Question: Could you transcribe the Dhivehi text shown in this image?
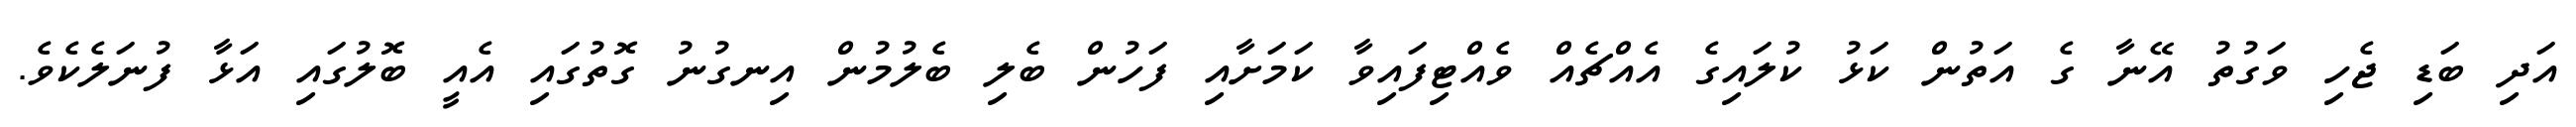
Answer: އަދި ބަޑި ޖެހި ވަގުތު އޭނާ ގެ އަތުން ކަޅު ކުލައިގެ އެއްޗެއް ވެއްޓިފައިވާ ކަމަށާއި ފަހުން ބެލި ބެލުމުން އިނގުނު ގޮތުގައި އެއީ ބޮލުގައި އަޅާ ފުނަލެކެވެ.